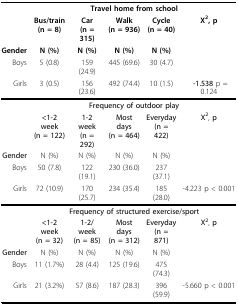
<table><thead><tr><td></td><td colspan="5"><b>Travel home from school</b></td></tr><tr><td></td><td><b>Bus/train(n = 8)</b></td><td><b>Car(n = 315)</b></td><td><b>Walk(n = 936)</b></td><td><b>Cycle(n = 40)</b></td><td><b>Χ<sup>2</sup>, p</b></td></tr><tr><td><b>Gender</b></td><td><b>N (%)</b></td><td><b>N (%)</b></td><td><b>N (%)</b></td><td><b>N (%)</b></td><td></td></tr><tr><td><b>Boys</b></td><td><b>5 (0.8)</b></td><td><b>159 (24.9)</b></td><td><b>445 (69.6)</b></td><td><b>30 (4.7)</b></td><td></td></tr><tr><td><b>Girls</b></td><td><b>3 (0.5)</b></td><td><b>156 (23.6)</b></td><td><b>492 (74.4)</b></td><td><b>10 (1.5)</b></td><td><b> -1.538 p = 0.124</b></td></tr></thead><tbody><tr><td></td><td colspan="5"><b>Frequency of outdoor play</b></td></tr><tr><td></td><td><b>&lt;1-2 week</b><b>(n = 122)</b></td><td><b>1-2 week</b><b>(n = 292)</b></td><td><b>Most days</b><b>(n = 464)</b></td><td><b>Everyday</b><b>(n = 422)</b></td><td><b>Χ</b><sup><b>2</b></sup>, <b>p</b></td></tr><tr><td><b>Gender</b></td><td>N (%)</td><td>N (%)</td><td>N (%)</td><td>N (%)</td><td></td></tr><tr><td>Boys</td><td>50 (7.8)</td><td>122 (19.1)</td><td>230 (36.0)</td><td>237 (37.1)</td><td></td></tr><tr><td>Girls</td><td>72 (10.9)</td><td>170 (25.7)</td><td>234 (35.4)</td><td>185 (28.0)</td><td>-4.223 p &lt; 0.001</td></tr><tr><td></td><td colspan="5"><b>Frequency of structured exercise/sport</b></td></tr><tr><td></td><td><b>&lt;1-2 week</b><b>(n = 32)</b></td><td><b>1-2/week</b><b>(n = 85)</b></td><td><b>Most days</b><b>(n = 312)</b></td><td><b>Everyday</b><b>(n = 871)</b></td><td><b>Χ</b><sup><b>2</b></sup>, <b>p</b></td></tr><tr><td><b>Gender</b></td><td>N (%)</td><td>N (%)</td><td>N (%)</td><td>N (%)</td><td></td></tr><tr><td>Boys</td><td>11 (1.7%)</td><td>28 (4.4)</td><td>125 (19.6)</td><td>475 (74.3)</td><td></td></tr><tr><td>Girls</td><td>21 (3.2%)</td><td>57 (8.6)</td><td>187 (28.3)</td><td>396 (59.9)</td><td>-5.660 p &lt; 0.001</td></tr></tbody></table>